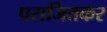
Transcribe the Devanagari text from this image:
पराजितकर